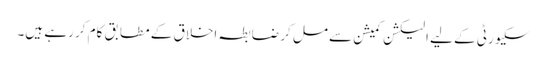
سکیورٹی کے لیے الیکشن کمیشن سے مل کر ضابطہ اخلاق کے مطابق کام کر رہے ہیں۔